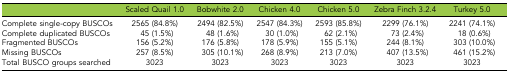
|  | Scaled Quail 1.0 | Bobwhite 2.0 | Chicken 4.0 | Chicken 5.0 | Zebra Finch 3.2.4 | Turkey 5.0 |
 | --- | --- | --- | --- | --- | --- | --- |
 | Complete single-copy BUSCOs | 2565 (84.8%) | 2494 (82.5%) | 2547 (84.3%) | 2593 (85.8%) | 2299 (76.1%) | 2241 (74.1%) |
 | Complete duplicated BUSCOs | 45 (1.5%) | 48 (1.6%) | 30 (1.0%) | 62 (2.1%) | 73 (2.4%) | 18 (0.6%) |
 | Fragmented BUSCOs | 156 (5.2%) | 176 (5.8%) | 178 (5.9%) | 155 (5.1%) | 244 (8.1%) | 303 (10.0%) |
 | Missing BUSCOs | 257 (8.5%) | 305 (10.1%) | 268 (8.9%) | 213 (7.0%) | 407 (13.5%) | 461 (15.2%) |
 | Total BUSCO groups searched | 3023 | 3023 | 3023 | 3023 | 3023 | 3023 |